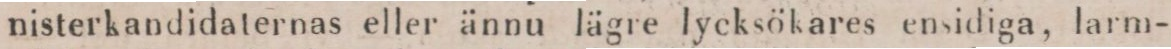
nisterkandidaternas eller ännu lägre lycksökares ensidiga, larm-